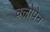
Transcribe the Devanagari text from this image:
क्लोपेन